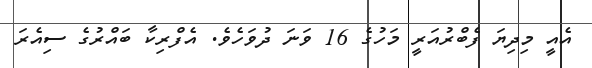
އެއީ މިދިޔަ ފެބްރުއަރީ މަހުގެ 16 ވަނަ ދުވަހެވެ. އެފްރިކާ ބައްރުގެ ސިއެރަ